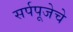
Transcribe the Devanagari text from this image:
सर्पपूजेचे